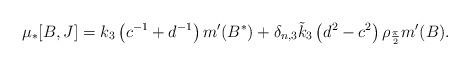
LaTeX: \begin{align*}\mu_* [B,J] = k_3 \left( c^{-1} + d^{-1} \right) m'(B^*)+ \delta_{n, 3} \tilde k_3 \left( d^2 - c^2 \right) \rho_{\frac \pi 2} m'(B) .\end{align*}